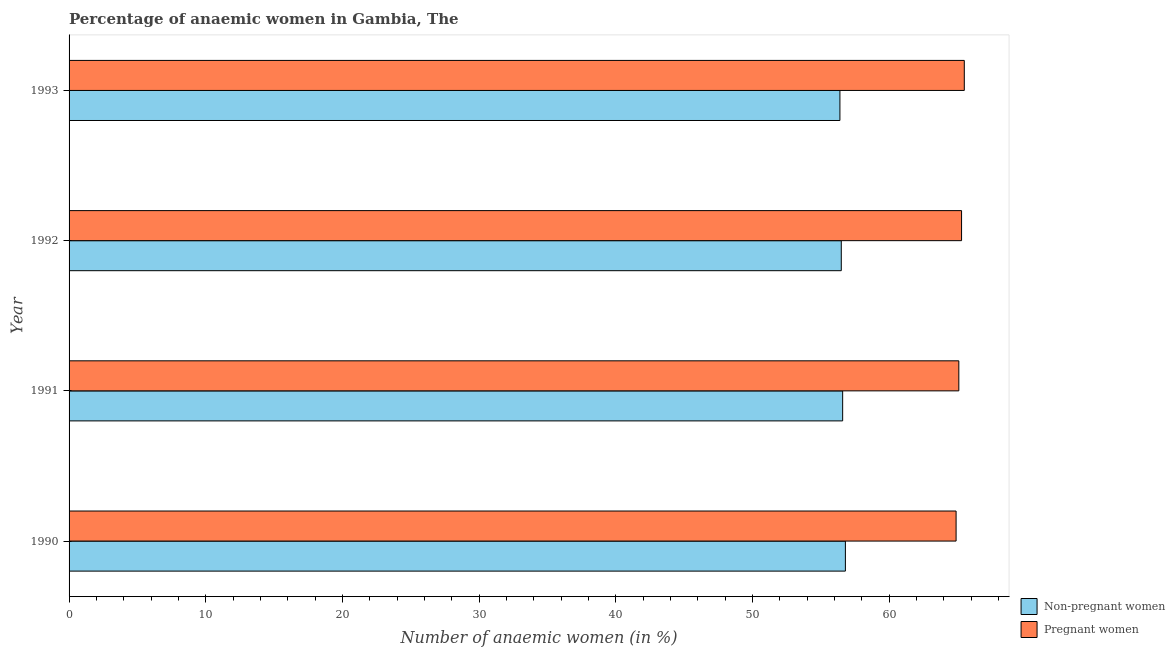
| Year | Non-pregnant women | Pregnant women |
 | --- | --- | --- |
 | 1990 | 56.8 | 64.9 |
 | 1991 | 56.6 | 65.1 |
 | 1992 | 56.5 | 65.3 |
 | 1993 | 56.4 | 65.5 |